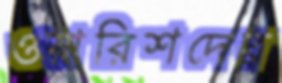
ওয়ারিশদের